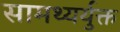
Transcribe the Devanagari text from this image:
सामथ्यर्युक्त